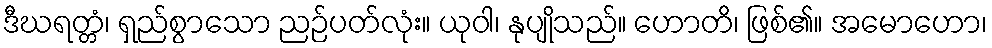
ဒီဃရတ္တံ၊ ရှည်စွာသော ညဉ်ပတ်လုံး။ ယုဝါ၊ နုပျိုသည်။ ဟောတိ၊ ဖြစ်၏။ အမောဟော၊